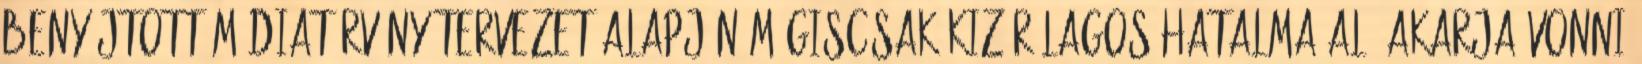
benyújtott médiatörvény-tervezet alapján mégiscsak kizárólagos hatalma alá akarja vonni